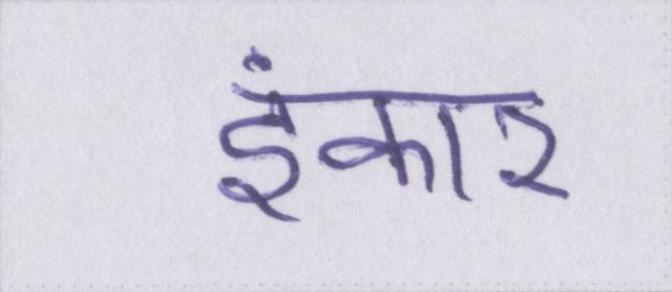
इंकार